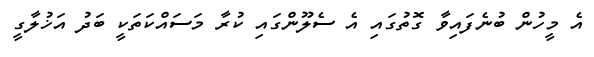
އެ މީހުން ބުނެފައިވާ ގޮތުގައި އެ ސެލޫންގައި ކުރާ މަސައްކަތަކީ ބަދު އަޚުލާގީ